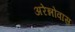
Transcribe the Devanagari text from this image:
अरेन्नोवास